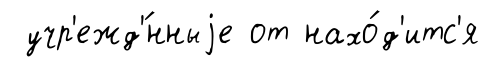
учр'ежд'́нныjе от нахо́д'итс'я